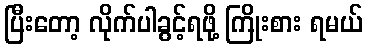
ပြီးတော့ လိုက်ပါခွင့်ရဖို့ ကြိုးစား ရမယ်